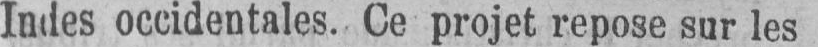
Indes occidentales. Ce projet repose sur les